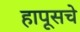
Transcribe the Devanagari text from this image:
हापूसचे